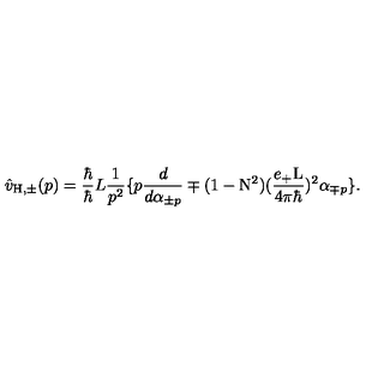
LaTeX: \hat { v } _ { \mathrm { H , \pm } } ( p ) = \frac { \hbar } { \hbar } { L } \frac { 1 } { p ^ { 2 } } \{ p \frac { d } { d { \alpha } _ { \pm p } } \mp ( 1 - \mathrm { N } ^ { 2 } ) ( \frac { e _ { + } \mathrm { L } } { 4 { \pi } { \hbar } } ) ^ { 2 } { \alpha } _ { \mp p } \} .